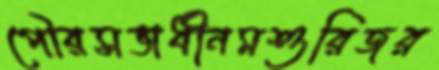
পৌরসভাধীনমশুরিজর